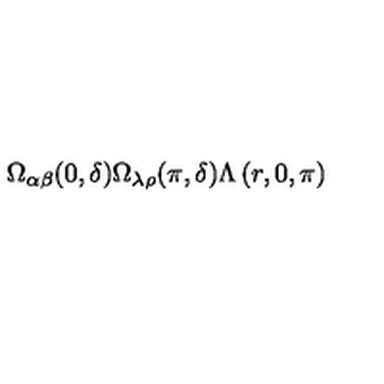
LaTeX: \Omega _ { \alpha \beta } ( 0 , \delta ) \Omega _ { \lambda \rho } ( \pi , \delta ) \Lambda \left( r , 0 , \pi \right)